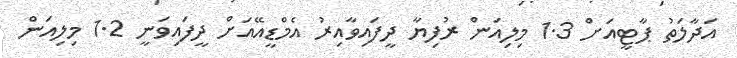
އަދާލަތު ޕާޓީއަށް 1.3 މިލިއަން ރުފިޔާ ދީފައިވާއިރު އެމްޑީއޭއަށް ދީފައިވަނީ 1.2 މިލިއަން